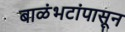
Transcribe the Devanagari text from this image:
बाळंभटांपासून